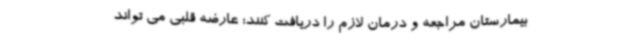
بیمارستان مراجعه و درمان لازم را دریافت کنند؛ عارضه قلبی می تواند